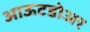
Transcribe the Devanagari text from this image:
आऊटडोअर